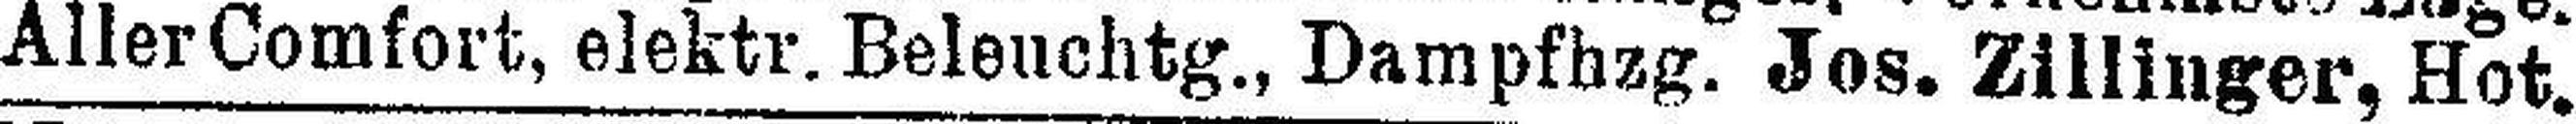
Aller Comfort, elektr. Beleuchtg., Dampfhzg. Jos. Zillinger, Hot.